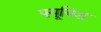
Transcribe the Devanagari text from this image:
फ्यूयिड